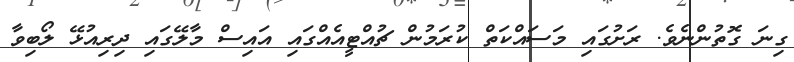
ގިނަ ގޮތުންނެވެ. ރަށުގައި މަސައްކަތް ކުރަމުން ޗުއްޓީއެއްގައި އައިސް މާލޭގައި ދިރިއުޅޭ ލޯބިވާ